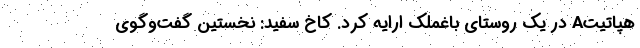
هپاتیتA در یک روستای باغملک ارایه کرد. کاخ سفید: نخستین گفت‌و‌گوی